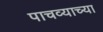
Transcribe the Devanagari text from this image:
पाचव्याच्या